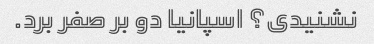
نشنیدی؟ اسپانیا دو بر صفر برد.